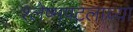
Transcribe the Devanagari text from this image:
श्लेष्मपटलाच्या